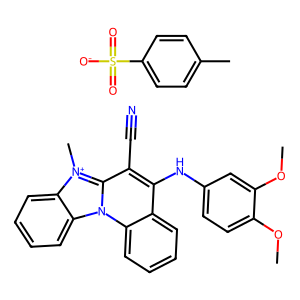
SMILES: COc1ccc(Nc2c(C#N)c3n(c4ccccc24)c2ccccc2[n+]3C)cc1OC.Cc1ccc(S(=O)(=O)[O-])cc1
Inhibits HIV replication: No